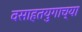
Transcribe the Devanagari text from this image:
वसाहतयुगाच्या